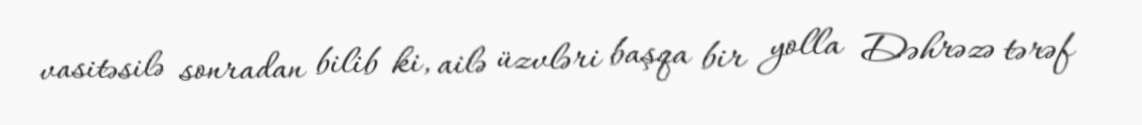
vasitəsilə sonradan bilib ki, ailə üzvləri başqa bir yolla Dəhrəzə tərəf